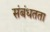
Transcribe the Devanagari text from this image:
संबंधतता